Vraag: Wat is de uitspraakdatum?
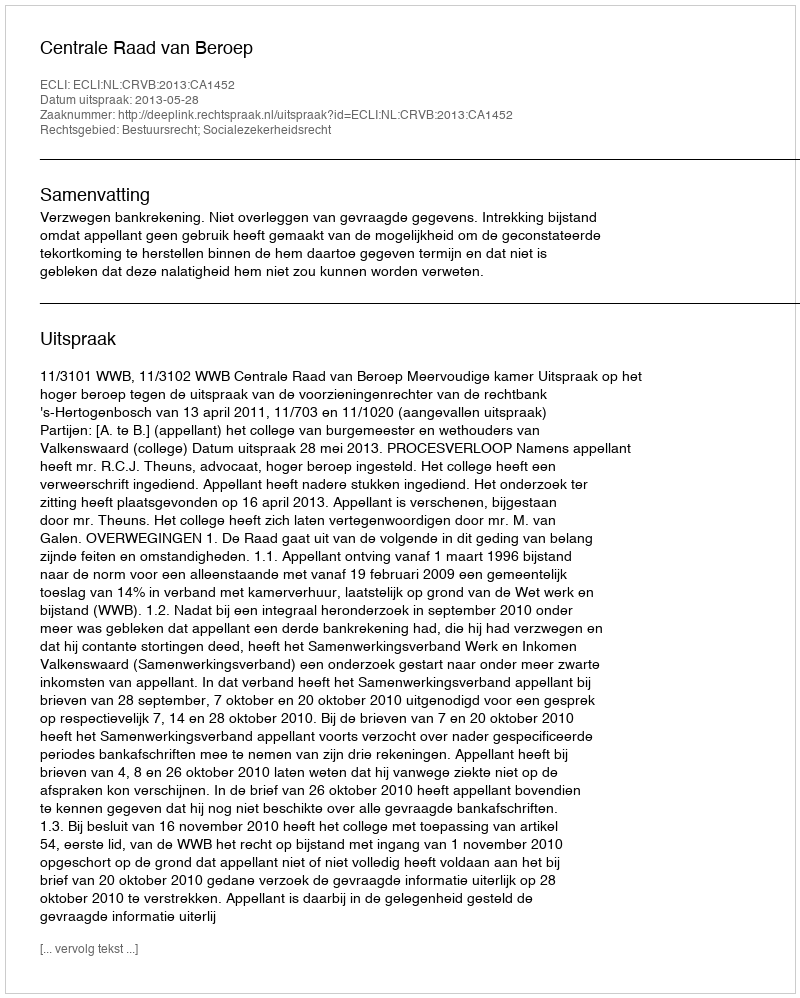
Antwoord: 2013-05-28